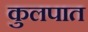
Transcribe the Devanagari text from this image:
कुलपात